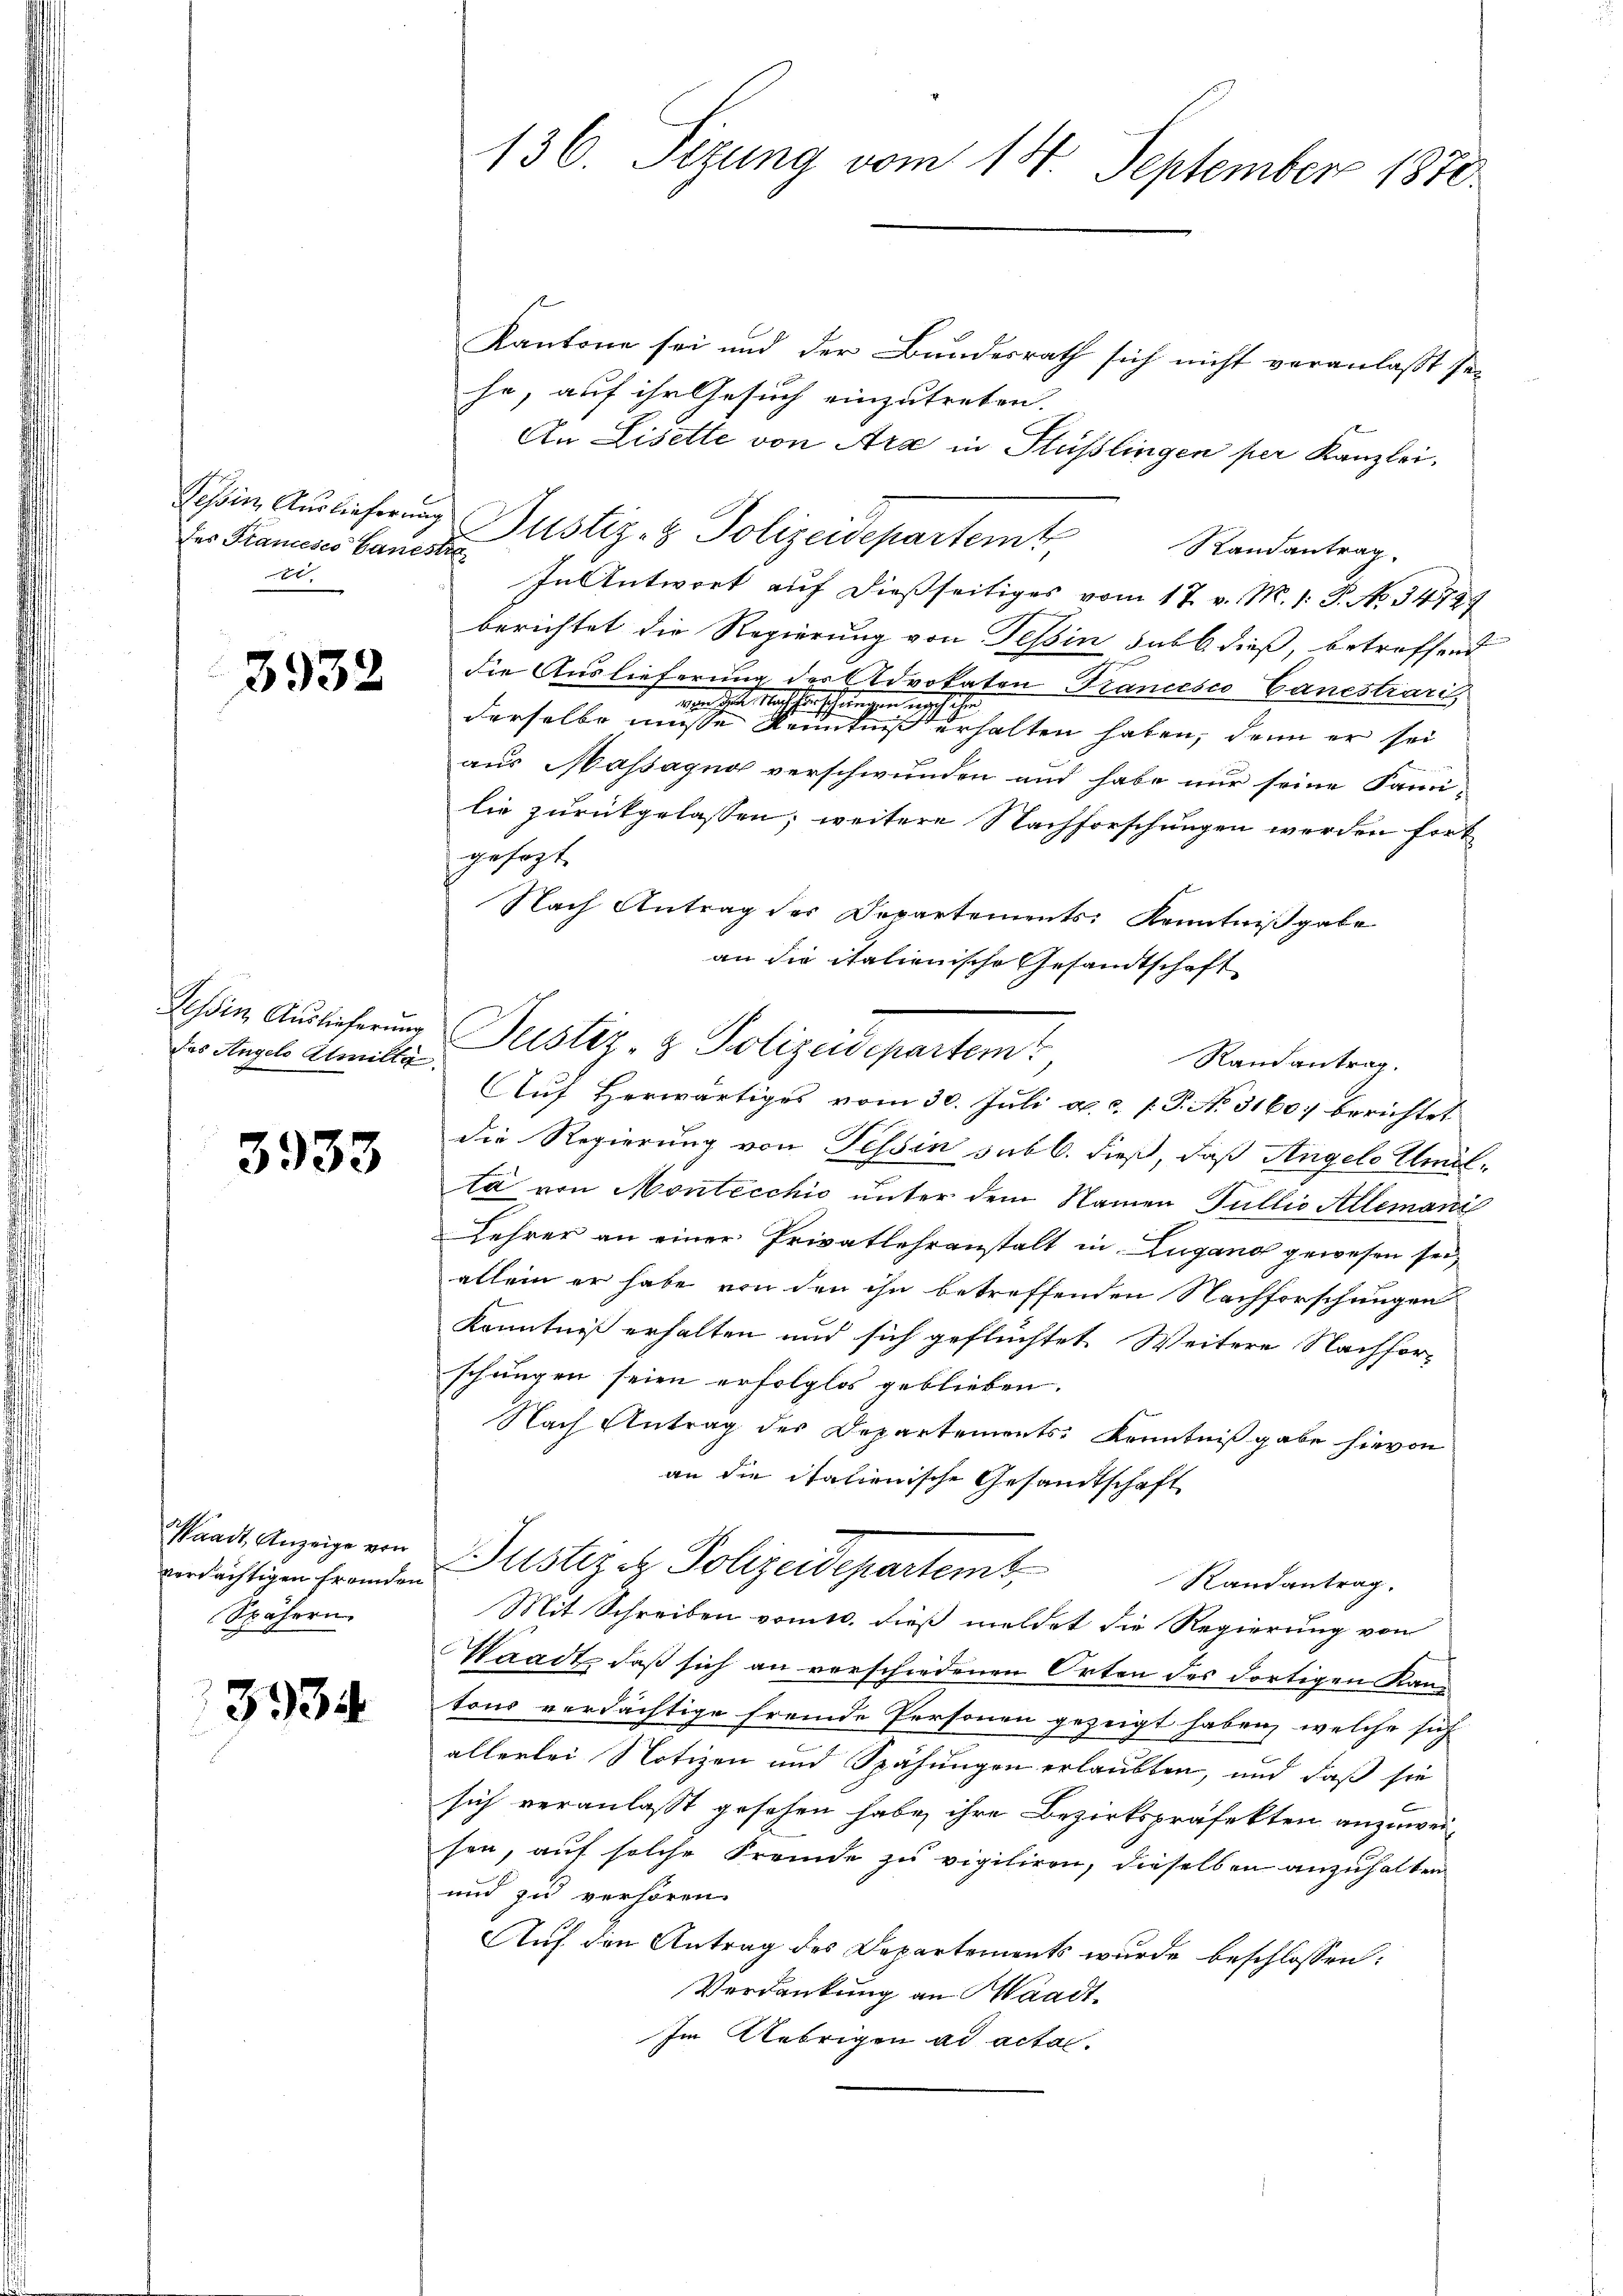
Tessin Auslieferung
des Stancesco Banes
e

3932

Tessin Auslieferung
das Angelo Alwilta.

3933

aadt, Anzeige von
verdächtigen fremden
Spähern

3934

136. Sezung vom 14. September 1870.

Kantone sei und der Bundesrath sich nicht veranlaßt sei
he, auf ihr Gesuch einzutreten.
An Lisette von Ara in Füßlingen per Kanzlei.
Justiz- & Polizeidepartemb
Randantrag.
d
In Antwort auf dießseitiges vom 17. v. M. 1. P. No. 34729
berichtet die Regierung von Tessin sub 6. dieß, betreffend
die Auslieferung der Advokaten Trancesco Canestrari
Maschenschen schehen
derselbe müsse der einen einen eine erhalten haben, denn er sei
aus Massagno verschwunden und habe nur seine Fami-
lie zurückgelassen, weitere Nachforschungen werden fort
gesagt.
Nach Antrag des Departements Kenntnißgabe
an die italienische Gesandtschaft
Randantrag.
Auf Herwärtiges vom 30. Juli a.c. P. No. 31607 berichtet
die Regierung von Tessin sub b. dieß, daß Angelo Umülta von Montecchio unter dem Namen Fullio Allemani
Lehrer an einer Privatlehranstalt in Lugano gewesen sei,
allein er habe von den ihn betreffenden Nachforschungen
Kenntniß erhalten und sich geflüchtet Weitere Nachforschungen seien erfolglos geblieben.
Nach Antrag des Departements Kenntnißgabe hievon
an die Italienische Gesandtschaft
Justizit Polizeidepartemt,
Randantrag.
Mit Schreiben vom 10. dieß meldet die Regierung von
Waadt, daß sich an verschiedenen Orten des dortigen Kantons verdächtige fremde Personen gezeigt haben, welche sich
allerlei Notizen und Spähungen erlaubten, und daß sie
sich veranlasst gesehen habe, ihre Bezirkspräfekten anzuweisen, auf solche Fremde zu vigiliren, dieselben anzuhalten
und zu verhören.
Auf den Antrag des Departements wurde beschlossen:
Verdankung an Waadt.
Im Uebrigen ad actac.

Justiz- & Polizeidepartem